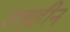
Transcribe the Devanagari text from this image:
शस्त्रहीन